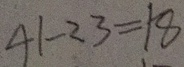
4 1 - 2 3 = 1 8